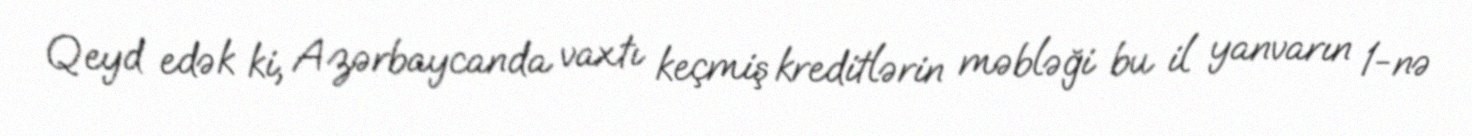
Qeyd edək ki, Azərbaycanda vaxtı keçmiş kreditlərin məbləği bu il yanvarın 1-nə